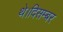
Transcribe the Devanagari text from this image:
थे।दिसम्बर